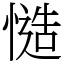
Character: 慥